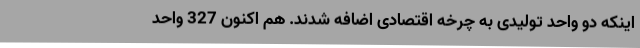
اینکه دو واحد تولیدی به چرخه اقتصادی اضافه شدند. هم اکنون 327 واحد